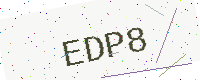
Text: EDP8